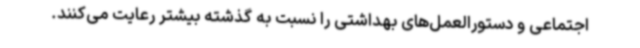
اجتماعی و دستورالعمل‌های بهداشتی را نسبت به گذشته بیشتر رعایت می‌کنند.